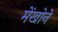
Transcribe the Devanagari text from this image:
मेंखोने